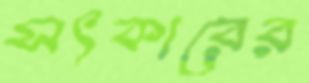
সৎকারের